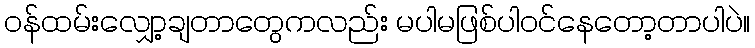
ဝန်ထမ်းလျှော့ချတာတွေကလည်း မပါမဖြစ်ပါဝင်နေတော့တာပါပဲ။